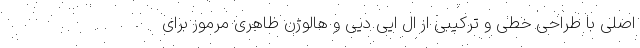
اصلی با طراحی خطی و ترکیبی از ال ایی دیی و هالوژن ظاهری مرموز برای